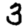
Digit: 3